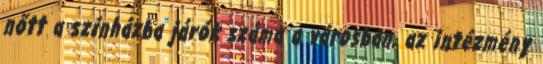
nőtt a színházba járók száma a városban, az intézmény